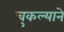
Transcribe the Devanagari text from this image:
चुकल्याने